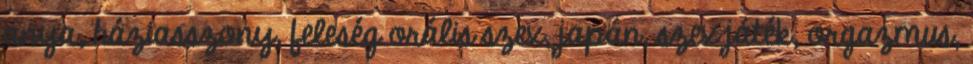
anya, háziasszony, feleség orális szex, japán, szex játék, orgazmus,